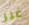
غير